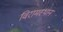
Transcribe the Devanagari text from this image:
विरामस्थान